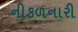
નીકળનારી